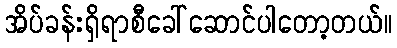
အိပ်ခန်းရှိရာစီခေါ်ဆောင်ပါတော့တယ်။